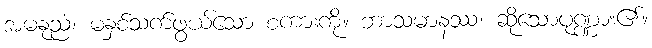
အမနုညံ၊ မနှစ်သက်ဖွယ်သော စကားကို။ ဘာသမာနဿ၊ ဆိုသောပုဏ္ဏား၏။